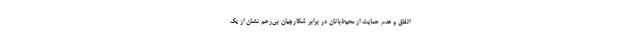
اتفاق و عدم حمایت از محیط‌بانان در برابر شکارچیان بی‌رحم نشان از یک